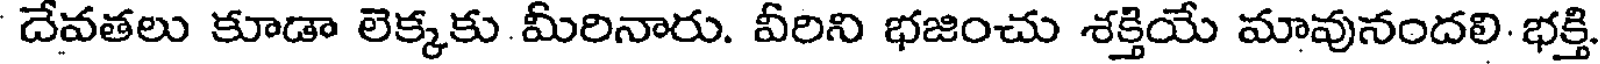
దేవతలు కూడా లెక్కకు మీరినారు. వీరిని భజించు శక్తియే మావునందలి భక్తి